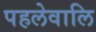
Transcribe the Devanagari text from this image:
पहलेवालि